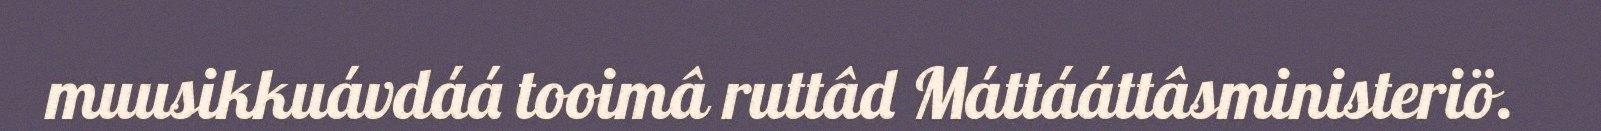
muusikkuávdáá tooimâ ruttâd Máttááttâsministeriö.